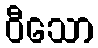
ဝီသော